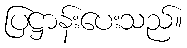
ပြဋ္ဌာန်းပေးသည်။